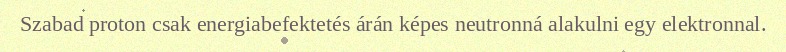
Szabad proton csak energiabefektetés árán képes neutronná alakulni egy elektronnal.